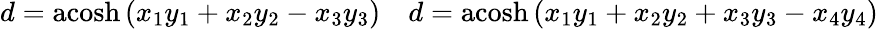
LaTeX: \begin{array}{cc}{d=\operatorname{acosh}\left(x_{1}y_{1}+x_{2}y_{2}-x_{3}y_{3}\right)}&{d=\operatorname{acosh}\left(x_{1}y_{1}+x_{2}y_{2}+x_{3}y_{3}-x_{4}y_{4}\right)}\end{array}